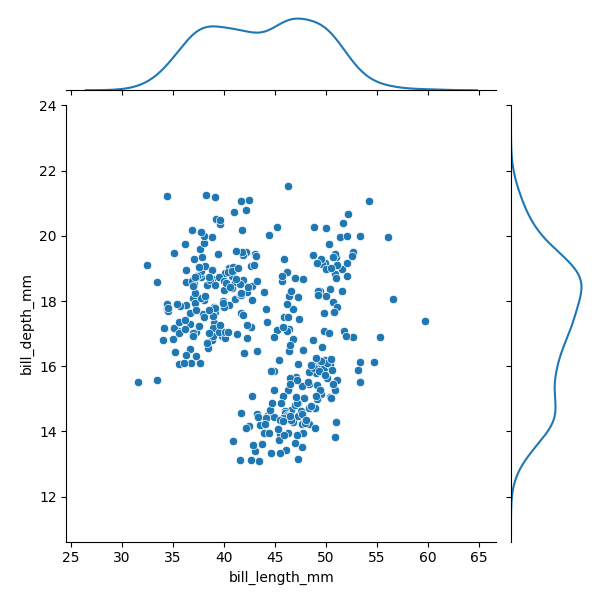
python, seaborn, JointGrid, scatterplot, kdeplot